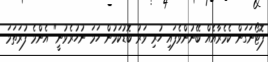
ފޮޓޯނަގަން ކެމެރާއެއް ބޭނުންވެފައި ހުރި ވަރު ބޮޑުކަމުން ހަމަ ނުހުރެވުނީ" އެންމެ ފުރަތަމަ